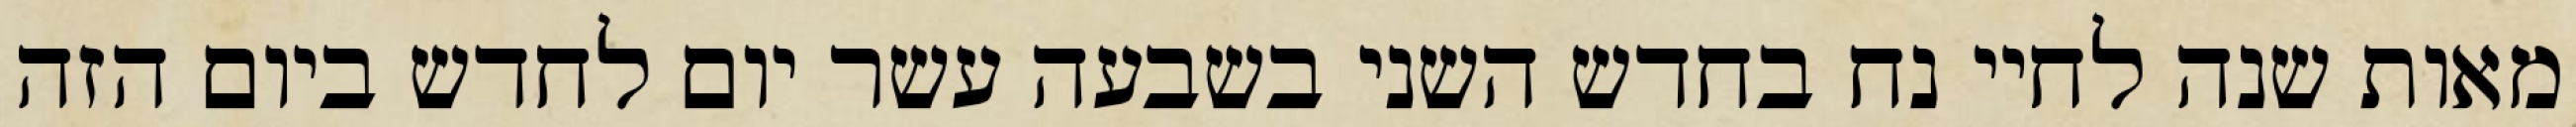
מאות שנה לחיי נח בחדש השני בשבעה עשר יום לחדש ביום הזה